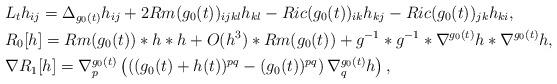
LaTeX: \begin{align*} & L_t h_{ij}= \Delta_{g_0(t)}h_{ij}+ 2Rm(g_0(t))_{ijkl}h_{kl}-Ric(g_0(t))_{ik}h_{kj}-Ric(g_0(t))_{jk}h_{ki},\\ & R_0[h]= Rm(g_0(t))*h*h + O(h^3)*Rm(g_0(t))+ g^{-1}*g^{-1}*\nabla^{g_0(t)}h * \nabla^{g_0(t)}h,\\ & \nabla R_1[h]= \nabla_p^{g_0(t)}\left( \left( ( g_0(t)+h(t))^{pq}- (g_{0}(t))^{pq}\right) \nabla_q^{g_0(t)}h\right),\end{align*}